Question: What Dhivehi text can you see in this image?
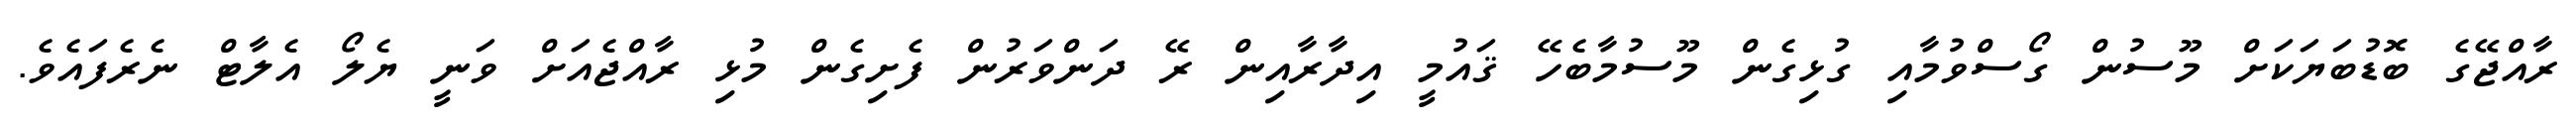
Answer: ރާއްޖޭގެ ބޮޑުބަޔަކަށް މޫސުން ގޯސްވުމާއި ގުޅިގެން މޫސުމާބެހޭ ޤައުމީ އިދާރާއިން ރޭ ދަންވަރުން ފެށިގެން މުޅި ރާއްޖެއަށް ވަނީ ޔެލޯ އެލާޓް ނެރެފައެވެ.